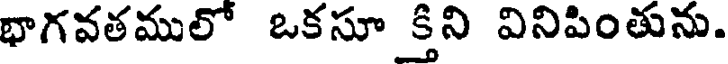
భాగవతములో ఒకసూ క్తిని వినిపింతును.